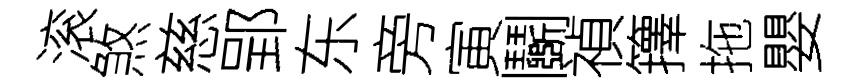
滚煞慈郢东旁寅鬬禎籜拖嬰